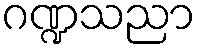
ဂဏ္ဍသညာ